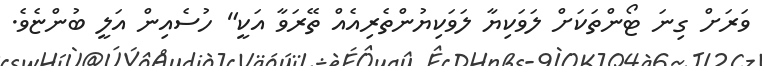
ވަރަށް ގިނަ ޓޯންތަކަށް ލަވަކިޔާ ލަވަކިޔުންތެރިއެއް ތޭރަވާ އަކީ" ހުސެއިން އަލީ ބުންޏެވެ.